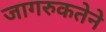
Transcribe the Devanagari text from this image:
जागरुकतेने